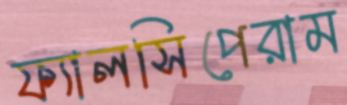
ফ্যালসিপেরাম